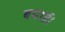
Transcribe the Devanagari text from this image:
बधाई।